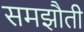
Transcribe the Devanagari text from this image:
समझौती